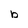
Character: b